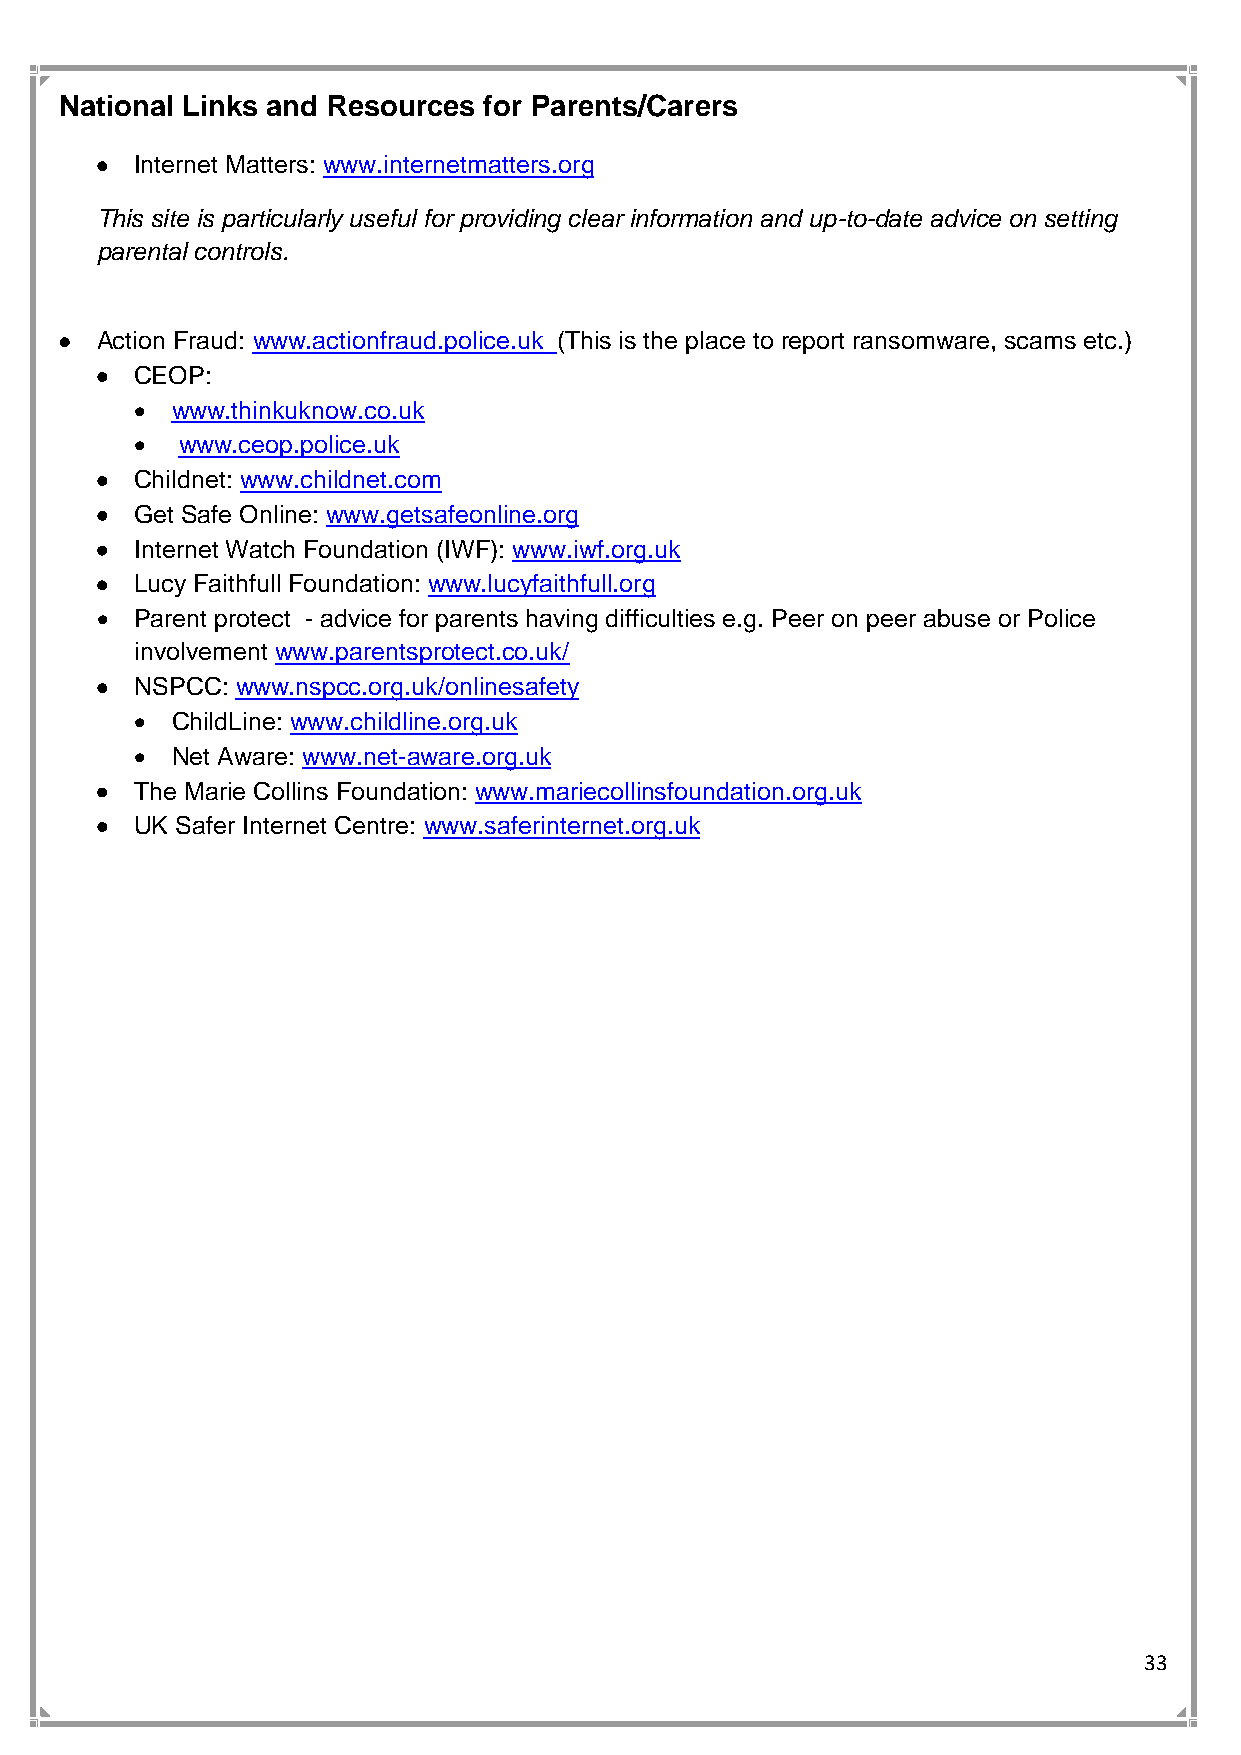
National Links and Resources for Parents/Carers
 •  Internet Matters: www.internetmatters.org
 This site is particularly useful for providing clear information and up-to-date advice on setting
 parental controls.
 • Action Fraud: www.actionfraud.police.uk (This is the place to report ransomware, scams etc.)
 •  CEOP:
 • www.thinkuknow.co.uk
 •  www.ceop.police.uk
 •  Childnet: www.childnet.com
 •  Get Safe Online: www.getsafeonline.org
 •  Internet Watch Foundation (IWF): www.iwf.org.uk
 •  Lucy Faithfull Foundation: www.lucyfaithfull.org
 •  Parent protect - advice for parents having difficulties e.g. Peer on peer abuse or Police
 involvement www.parentsprotect.co.uk/
 •  NSPCC: www.nspcc.org.uk/onlinesafety
 • ChildLine: www.childline.org.uk
 • Net Aware: www.net-aware.org.uk
 •  The Marie Collins Foundation: www.mariecollinsfoundation.org.uk
 •  UK Safer Internet Centre: www.saferinternet.org.uk
 33